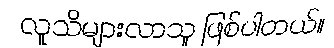
လူသိများလာသူ ဖြစ်ပါတယ်။